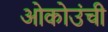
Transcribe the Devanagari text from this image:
ओकोउंची